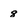
Character: 8